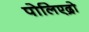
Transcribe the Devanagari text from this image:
पोलिएद्रो